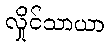
လှိုင်သာယာ